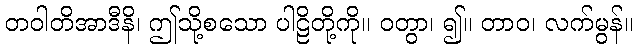
တဝါတိအာဒီနိ၊ ဤသို့စသော ပါဠိတို့ကို။ ဝတွာ၊ ၍။ တာဝ၊ လက်မွန်။